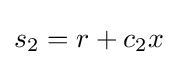
s_{2}=r+c_{2}x